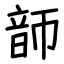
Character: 韴